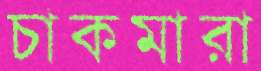
চাকমারা